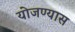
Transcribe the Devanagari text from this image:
योजण्यास